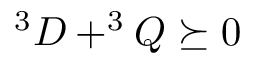
^ { 3 } D + ^ { 3 } Q \succeq 0